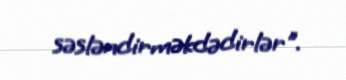
səsləndirməkdədirlər".